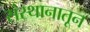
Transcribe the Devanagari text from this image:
संस्थानातून